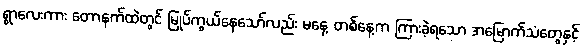
ရွာလေးကား တောနက်ထဲတွင် မြုပ်ကွယ်နေသော်လည်း မနေ့ တစ်နေ့က ကြားခဲ့ရသော အမြောက်သံတွေနှင့်